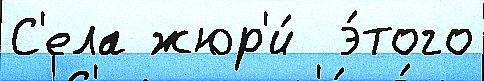
С'ела жюр'и́  э́того